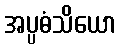
အပ္ပဓံသိယော